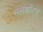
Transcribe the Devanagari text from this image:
मलकोंगम्